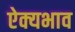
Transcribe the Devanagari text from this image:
ऐक्यभाव